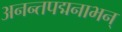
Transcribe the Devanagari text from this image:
अनन्तपद्मनाभन्